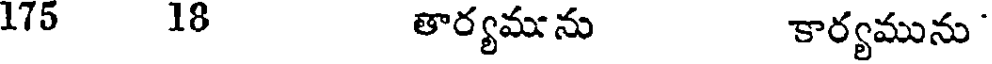
175 18 తార్యమును కార్యమును